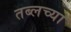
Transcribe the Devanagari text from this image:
तब्लच्या